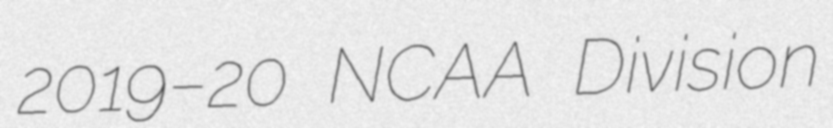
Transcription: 2019–20 NCAA Division